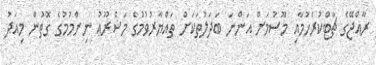
ރާއްޖޭގެ ޗާޓްކުރެހުމާއި މޫސުމަށް އަންނަ ބަދަލުތަކަށް ތައްޔާރުވުމުގެ މަޝްރޫޢު ނިންމުމުގެ ގޮތުން މިއަދު